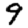
Digit: 9